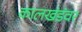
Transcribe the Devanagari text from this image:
कालखंडंवर